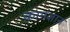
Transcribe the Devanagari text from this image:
कामज्ञान